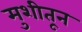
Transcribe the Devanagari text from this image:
मुशीतून